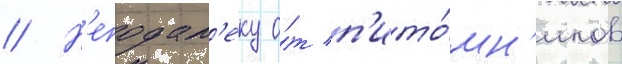
// Н'еподал'еку о́т п'ито́мн'иков